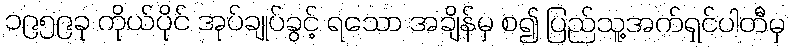
၁၉၅၉ခု ကိုယ်ပိုင် အုပ်ချုပ်ခွင့် ရသော အချိန်မှ စ၍ ပြည်သူ့အက်ရှင်ပါတီမှ